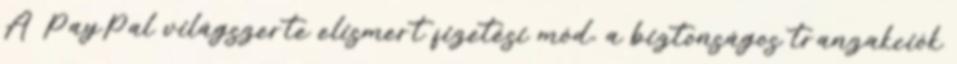
A PayPal világszerte elismert fizetési mód, a biztonságos tranzakciók